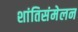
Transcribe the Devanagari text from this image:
शांतिसंमेलन